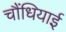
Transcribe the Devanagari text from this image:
चौंधियाई